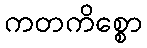
ကတကိစ္စော